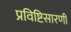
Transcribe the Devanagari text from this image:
प्रविष्टिसारणी